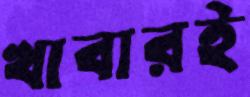
খাবারই